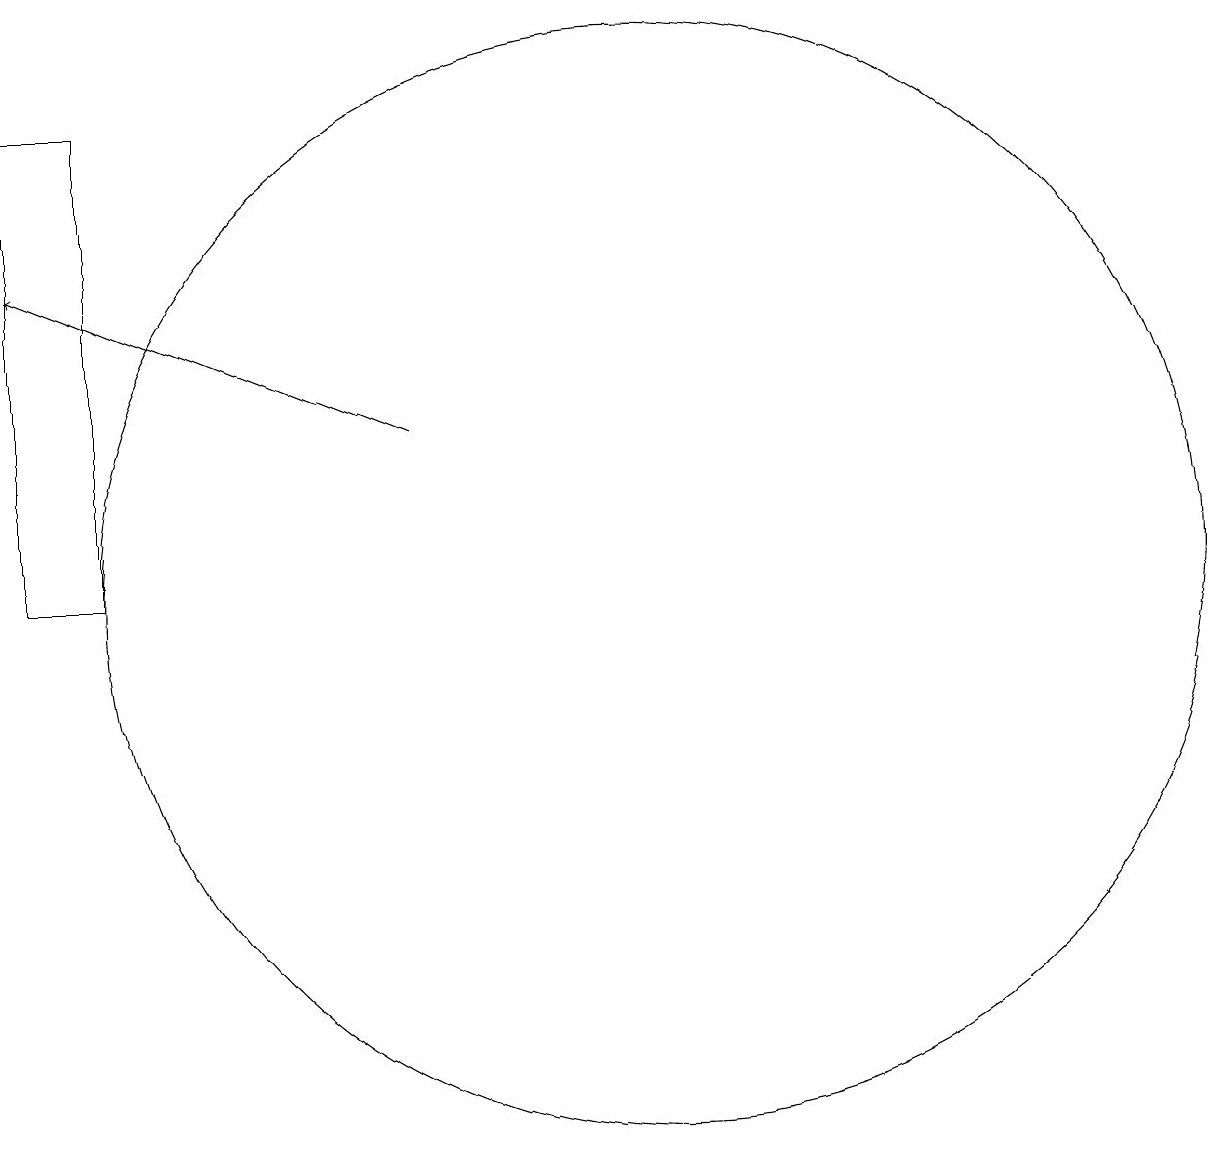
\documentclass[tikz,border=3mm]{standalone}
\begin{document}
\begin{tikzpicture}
\draw (11,11) circle (7);
\draw (3,11) rectangle (4,17);
\draw[->] (8,13) -- (3,15);
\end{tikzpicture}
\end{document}